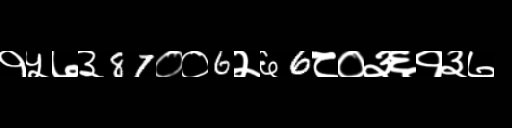
Text: १५७३87००6२६6८०३६१३७